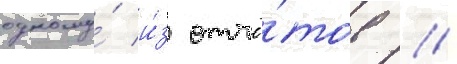
одному́ и́з отчё́тов //